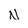
Character: N